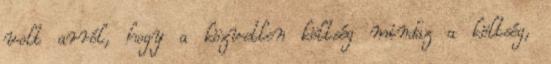
volt arról, hogy a közvetlen költség mindaz a költség,